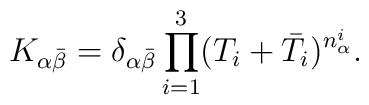
K_{\alpha\bar\beta}=\delta_{\alpha\bar\beta}\prod_{i=1}^3(T_i+\bar T_i)^{n_\alpha^i}.